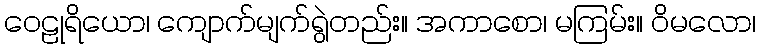
ဝေဠုရိယော၊ ကျောက်မျက်ရွဲတည်း။ အကာစော၊ မကြမ်း။ ဝိမလော၊